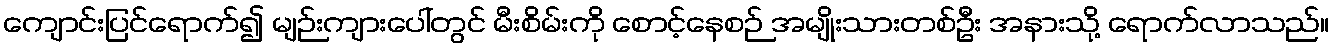
ကျောင်းပြင်ရောက်၍ မျဉ်းကျားပေါ်တွင် မီးစိမ်းကို စောင့်နေစဉ် အမျိုးသားတစ်ဦး အနားသို့ ရောက်လာသည်။